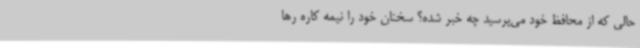
حالی که از محافظ خود می‌پرسید چه خبر شده؟ سخنان خود را نیمه کاره رها